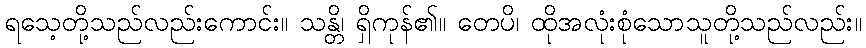
ရသေ့တို့သည်လည်းကောင်း။ သန္တိ၊ ရှိကုန်၏။ တေပိ၊ ထိုအလုံးစုံသောသူတို့သည်လည်း။